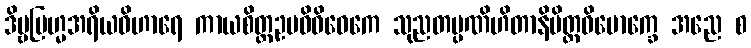
ဒိဗ္ဗဗြဟ္မအရိယဝိဟာရေ ကာယစိတ္တဥပဓိဝိဝေကေ သုညတပ္ပဏိဟိတာနိမိတ္တဝိမောက္ခေ အညေ စ